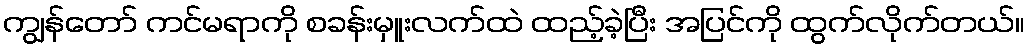
ကျွန်တော် ကင်မရာကို စခန်းမှူးလက်ထဲ ထည့်ခဲ့ပြီး အပြင်ကို ထွက်လိုက်တယ်။